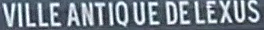
VILLEANTIQUEDELEXUS